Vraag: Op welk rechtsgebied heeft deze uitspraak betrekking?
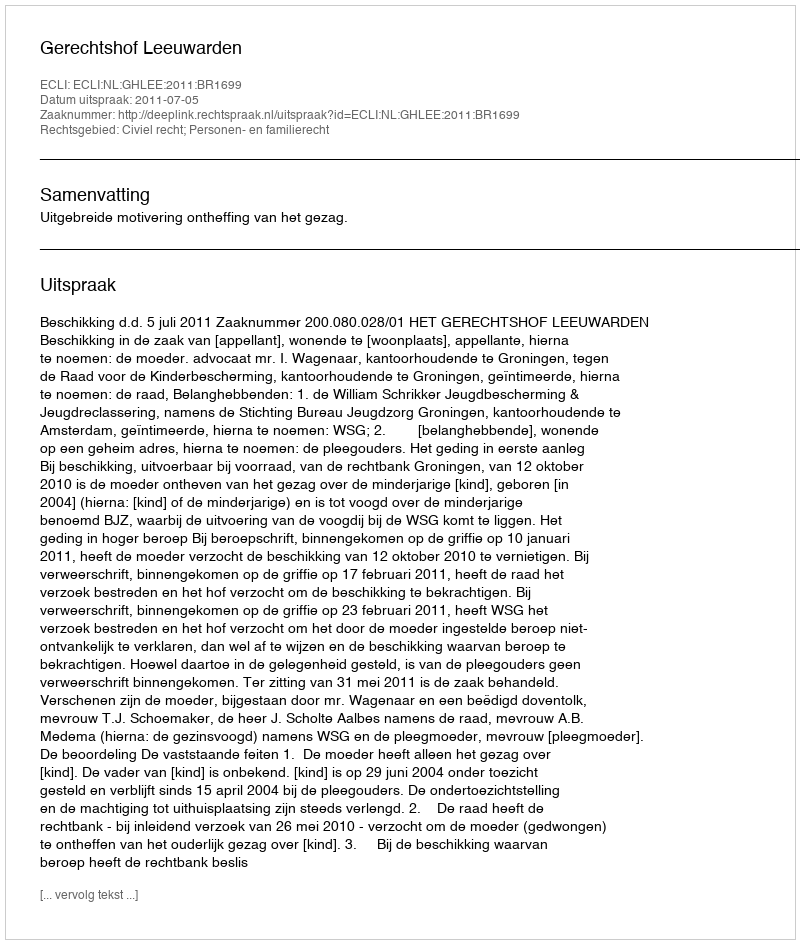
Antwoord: Civiel recht; Personen- en familierecht